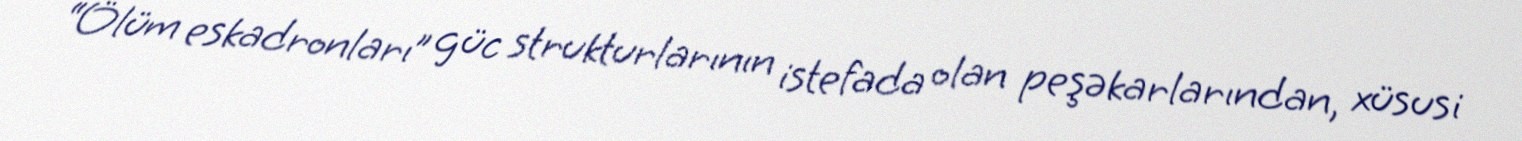
“Ölüm eskadronları” güc strukturlarının istefada olan peşəkarlarından, xüsusi